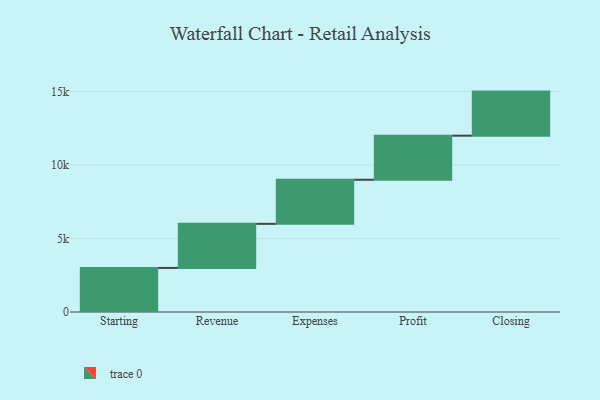
{"axis": {"x": "Step", "y": "Value"}, "legend": [""], "data": [{"x": "Starting", "y": 3000, "type": ""}, {"x": "Revenue", "y": 3000, "type": ""}, {"x": "Expenses", "y": 3000, "type": ""}, {"x": "Profit", "y": 3000, "type": ""}, {"x": "Closing", "y": 3000, "type": ""}]}